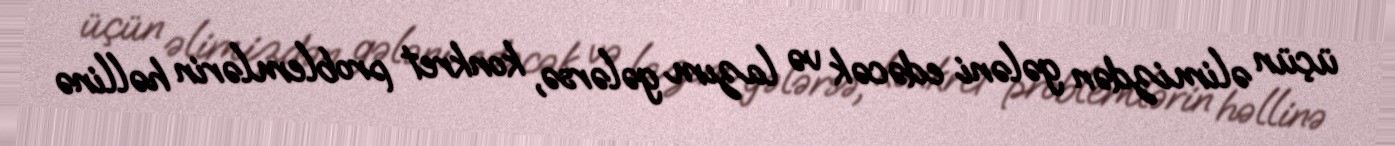
üçün əlimizdən gələni edəcək və lazım gələrsə, konkret problemlərin həllinə